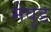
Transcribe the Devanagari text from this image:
मेवुड